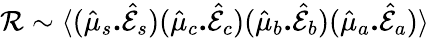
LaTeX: \mathcal{R}\sim\langle(\hat{\mu}_{s}\textbf{.}\hat{\mathcal{E}}_{s})(\hat{\mu}_{c}\textbf{.}\hat{\mathcal{E}}_{c})(\hat{\mu}_{b}\textbf{.}\hat{\mathcal{E}}_{b})(\hat{\mu}_{a}\textbf{.}\hat{\mathcal{E}}_{a})\rangle